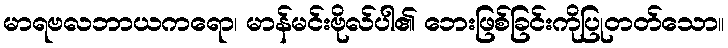
မာရဗလဘာယကရော၊ မာန်မင်းဗိုလ်ပါ၏ ဘေးဖြစ်ခြင်းကိုပြုတတ်သော။